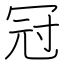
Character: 冠